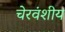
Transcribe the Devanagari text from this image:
चेरवंशीय